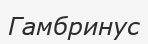
Гамбринус